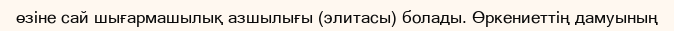
өзіне сай шығармашылық азшылығы (элитасы) болады. Өркениеттің дамуының